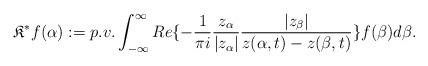
LaTeX: \begin{align*}\mathfrak{K}^{\ast} f(\alpha):=p.v.\int_{-\infty}^{\infty} Re\{-\frac{1}{\pi i} \frac{z_{\alpha}}{|z_{\alpha}|}\frac{|z_{\beta}|}{z(\alpha,t)-z(\beta,t)}\} f(\beta)d\beta.\end{align*}